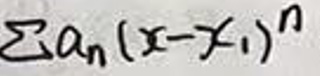
$\sum a_{n}(x - x_{1})^{n}$